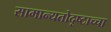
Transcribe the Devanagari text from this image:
सामान्यतोदृष्टाच्चा